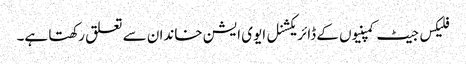
فلیکس جیٹ کمپنیوں کے ڈائریکشنل ایوی ایشن خاندان سے تعلق رکھتا ہے۔